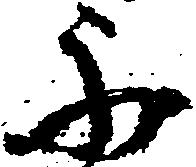
不